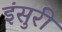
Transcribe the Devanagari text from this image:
इंसुरी